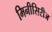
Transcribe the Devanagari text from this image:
मिनीसिरीज